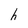
Character: h